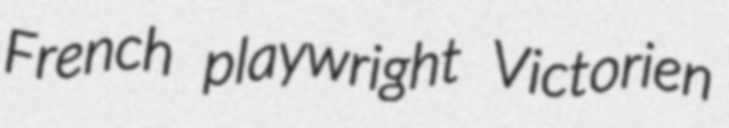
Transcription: French playwright Victorien